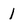
Character: 1